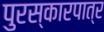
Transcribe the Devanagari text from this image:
पुरस्कारपात्र